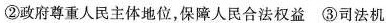
②政府尊重人民主体地位，保障人民合法权益 ③司法机